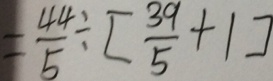
= \frac { 4 4 } { 5 } \div [ \frac { 3 9 } { 5 } + 1 ]